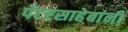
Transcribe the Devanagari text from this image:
पेंटरसाहेबांनी